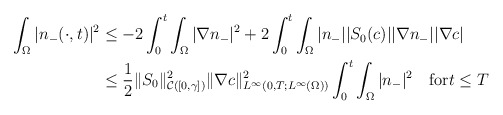
\begin{align*}\begin{aligned}\int_{\Omega}|n_{-}(\cdot,t)|^{2} &\le -2\int_{0}^{t}\int_{\Omega}|\nabla n_{-}|^{2}+2 \int_{0}^{t}\int_{\Omega}|n_{-}||S_{0}(c)||\nabla n_{-}||\nabla c|\\&\le\frac{1}{2}\|S_{0}\|_{\mathcal{C}([0,\gamma])}^{2}\|\nabla c\|_{L^{\infty}(0,T;L^{\infty}(\Omega))}^{2}\int_{0}^{t}\int_{\Omega}|n_{-}|^{2} \quad\mbox{for}t\le T \end{aligned}\end{align*}